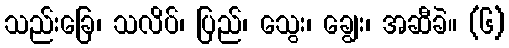
သည်းခြေ၊ သလိပ်၊ ပြည်၊ သွေး၊ ချွေး၊ အဆီခဲ။ (၆)